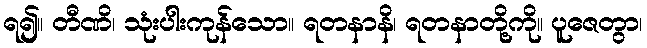
ရ၍။ တီဏိ၊ သုံးပါးကုန်သော။ ရတနာနိ၊ ရတနာတို့ကို။ ပူဇေတွာ၊